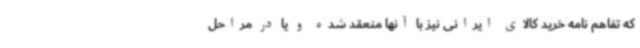
که تفاهم نامه خرید کالای ایرانی نیز با آنها منعقد شده و یا در مراحل